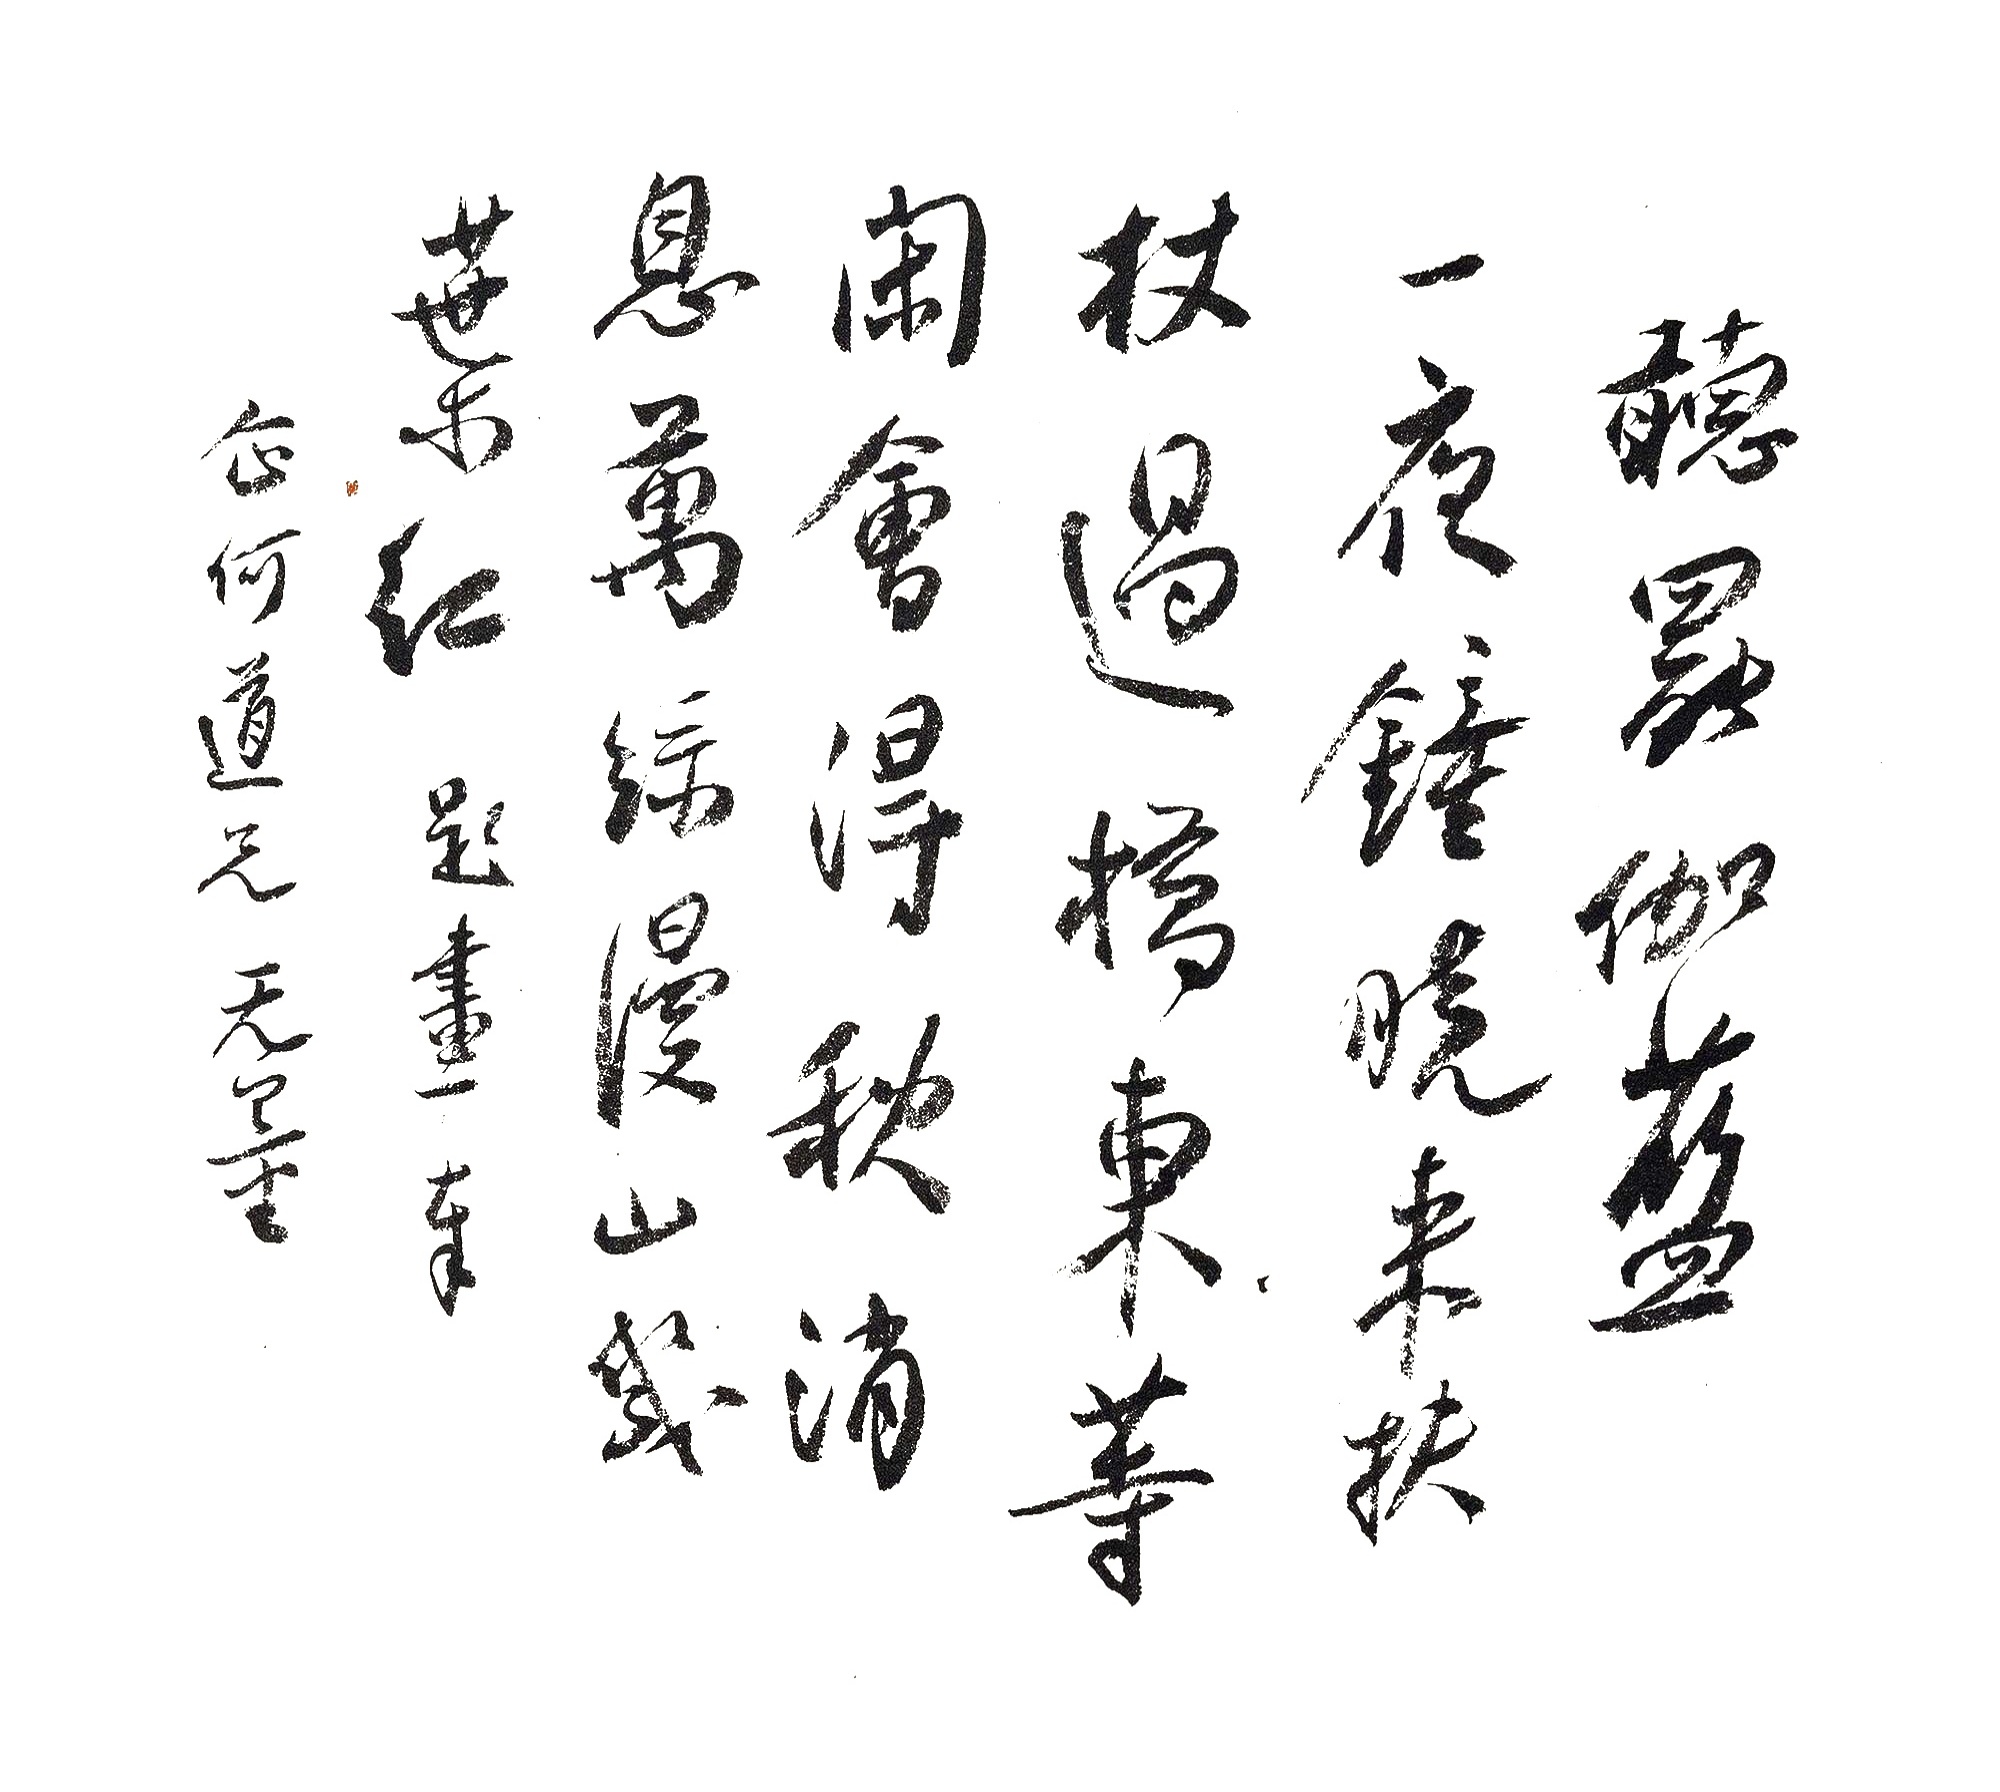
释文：听罢伽蓝一夜钟，晚来扶杖过桥东。等闲会得秋消息，万绿漫山几叶红。题画奉企和道兄。无量。